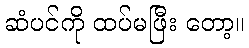
ဆံပင်ကို ထပ်မဖြီး တော့။